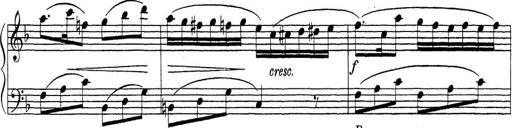
Title: ÄŒeskÃ© Sonatiny
Composer: Various